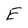
Character: E